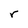
Character: r